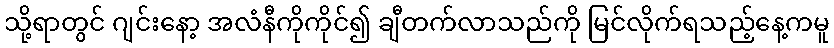
သို့ရာတွင် ဂျင်းနော့ အလံနီကိုကိုင်၍ ချီတက်လာသည်ကို မြင်လိုက်ရသည့်နေ့ကမူ